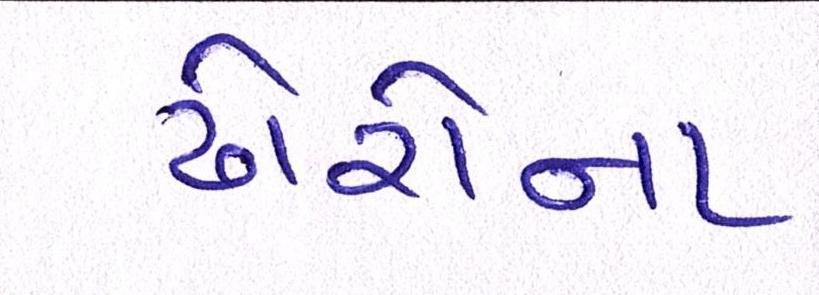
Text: ઢોરોના